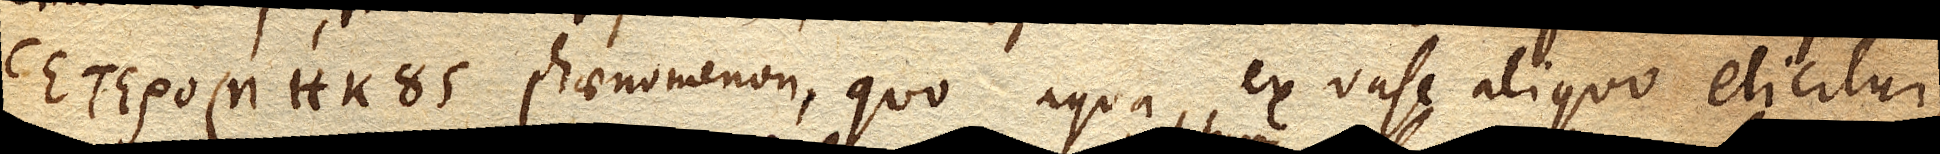
ἑτερομήϰονς phaenomenon, quo aqua ex vase aliquo elicitur,